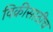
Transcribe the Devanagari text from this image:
विक्रीसाठीच